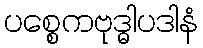
ပစ္စေကဗုဒ္ဓါပဒါနံ